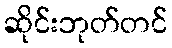
ဆိုင်းဘုတ်တင်